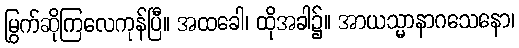
မြွက်ဆိုကြလေကုန်ပြီ။ အထခေါ၊ ထိုအခါ၌။ အာယသ္မာနာဂသေနော၊